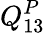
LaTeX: Q_{13}^{P}